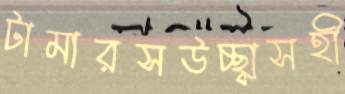
টামারসউচ্ছ্বাসহী